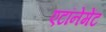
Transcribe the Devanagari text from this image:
एटॉनेमेंट